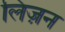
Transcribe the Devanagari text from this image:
लिज़न